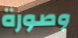
وصورة